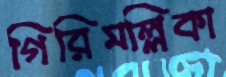
গিরিমল্লিকা